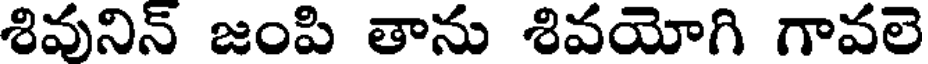
శివునిన్ జంపి తాను శివయోగి గావలె